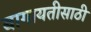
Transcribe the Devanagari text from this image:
बागायतीसाठी